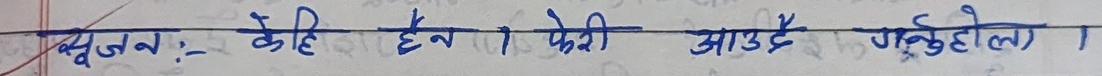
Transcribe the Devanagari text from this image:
सजन:- केहि छैन । फेरी आउदै गर्नुहोला ।